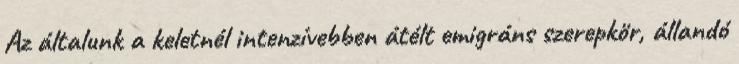
Az általunk a keletnél intenzívebben átélt emigráns szerepkör, állandó